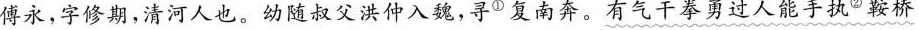
傅永，字修期，清河人也。幼随叔父洪仲入魏，寻^{①}复南奔。有气干拳勇过人能手执^{②}鞍桥